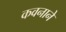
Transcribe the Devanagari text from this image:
कवनाने